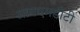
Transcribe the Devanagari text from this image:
आयएमडीटी